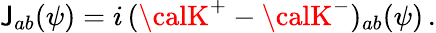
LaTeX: {\cal\mathsf{J}}_{ab}(\psi)=i\, ({\calK}^{+}-{\calK}^{-})_{ab}(\psi)\, .